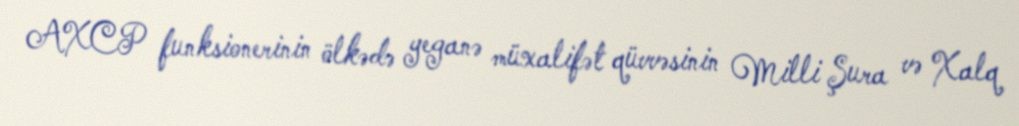
AXCP funksionerinin ölkədə yeganə müxalifət qüvvəsinin Milli Şura və Xalq